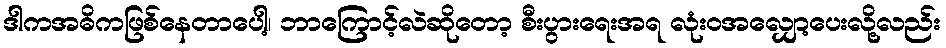
ဒါကအဓိကဖြစ်နေတာပေါ့၊ ဘာကြောင့်လဲဆိုတော့ စီးပွားရေးအရ လုံးဝအလျှော့ပေးလို့လည်း